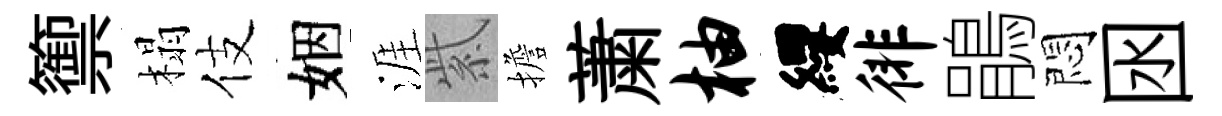
籞榻伎姻涯紫擔䔥柚纓徘鵑悶囦